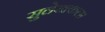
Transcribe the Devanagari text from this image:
सुलेखकला